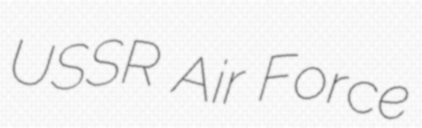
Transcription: USSR Air Force